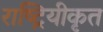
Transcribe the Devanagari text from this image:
राष्ट्रियीकृत